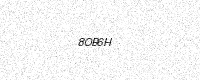
Text: 8OB6H